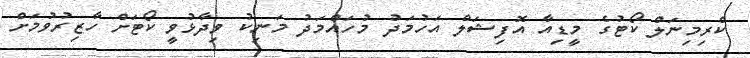
ކްރިމިނަލް ކޯޓުގެ މީޑިއާ އޮފިޝަލް އަހުމަދު މުހައްމަދު މަނިކު ވިދާޅުވީ ކޯޓަށް ހާޒިރުވުމަށް